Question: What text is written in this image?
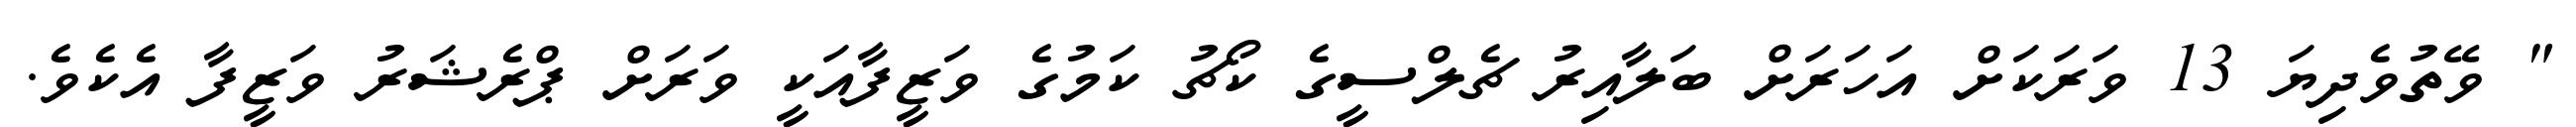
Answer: " ވޭތުވެދިޔަ 13 ވަރަކަށް އަހަރަށް ބަލާއިރު ޗެލްސީގެ ކޯޗު ކަމުގެ ވަޒީފާއަކީ ވަރަށް ޕްރެޝަރު ވަޒީފާ އެކެވެ.